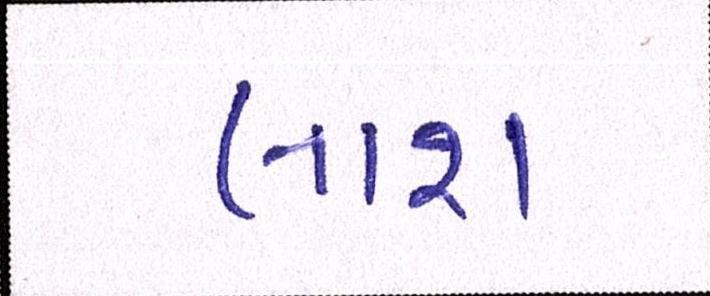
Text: લાશ